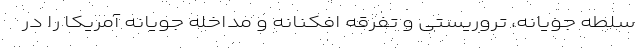
سلطه جویانه، تروریستی و تفرقه افکنانه و مداخله جویانه آمریکا را در